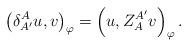
LaTeX: \begin{align*} \left(\delta_{A'}^A u,v\right)_\varphi= \left( u, Z_{ A}^{A'} v\right)_\varphi. \end{align*}